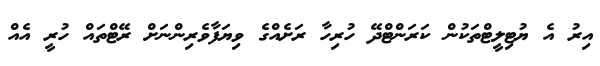
އިރު އެ ޔުޓިލީޓްތަކުން ކަރަންޓްދޭ ހުރިހާ ރަށެއްގެ ވިޔަފާވެރިންނަށް ރޭޓްތައް ހުރީ އެއް